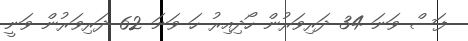
ފަސް ވަނަ 34 ދަރިވަރުން ހޯދިއިރު ހަ ވަނަ 62 ދަރިވަރުން ވަނީ